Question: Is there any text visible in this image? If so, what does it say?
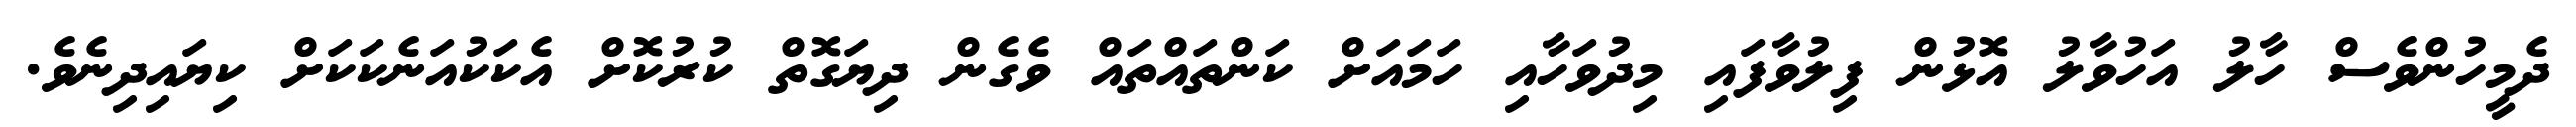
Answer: ދެމީހުންވެސް ހާލު އަހުވާލު އޮޅުން ފިލުވާފައި މިދުވަހާއި ހަމައަށް ކަންތައްތައް ވެގެން ދިޔަގޮތް ކުރުކޮށް އެކަކުއަނެކަކަށް ކިޔައިދިނެވެ.